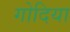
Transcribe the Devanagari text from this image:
गोदिया